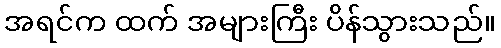
အရင်က ထက် အများကြီး ပိန်သွားသည်။